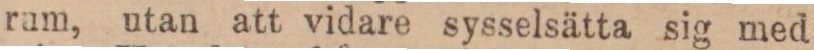
rum, utan att vidare sysselsätta sig med